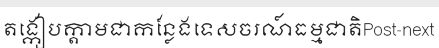
តង្កៀបក្តាមជាកន្លែងទេសចរណ៍ធម្មជាតិPost-next